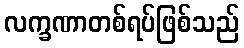
လက္ခဏာတစ်ရပ်ဖြစ်သည်